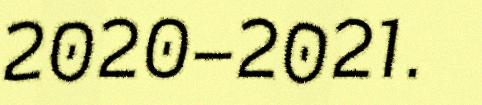
2020–2021.